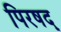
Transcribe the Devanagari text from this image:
पिरषद्